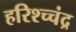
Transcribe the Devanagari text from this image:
हरिश्च्चंद्र